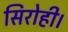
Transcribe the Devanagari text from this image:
सिरोही।